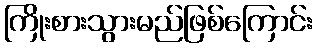
ကြိုးစားသွားမည်ဖြစ်ကြောင်း